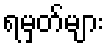
ရမှတ်များ